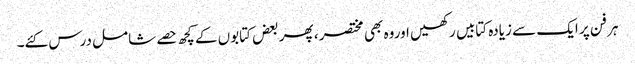
ہر فن پر ایک سے زیادہ کتابیں رکھیں اوروہ بھی مختصر ، پھر بعض کتابوں کے کچھ حصے شامل درس کئے۔